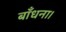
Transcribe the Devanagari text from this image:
बाँधना।